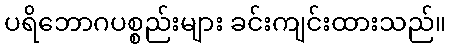
ပရိဘောဂပစ္စည်းများ ခင်းကျင်းထားသည်။